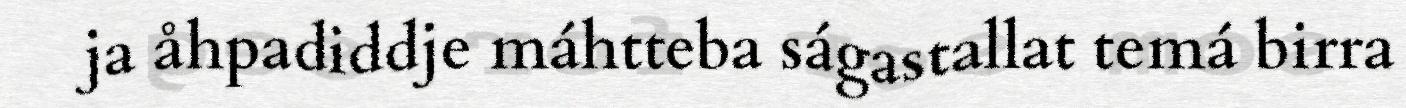
ja åhpadiddje máhtteba ságastallat temá birra